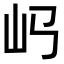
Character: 𡴰